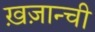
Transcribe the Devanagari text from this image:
ख़ज़ान्ची